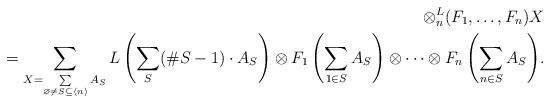
LaTeX: \begin{align*} \otimes^L_n(F_1,\dots,F_n)X \\ \qquad{} = \sum_{X=\sum\limits_{\varnothing \ne S\subseteq \langle n \rangle} {A_S}} {L\left( \sum_{S}(\#S-1)\cdot A_S\right) \otimes {F_1\left( \sum_{1\in S}A_S\right) \otimes \dots \otimes F_n\left( \sum_{n\in S}A_S\right) }} .\end{align*}